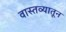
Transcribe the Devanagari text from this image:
वास्तव्यातून